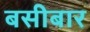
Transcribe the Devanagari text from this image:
बसीबार